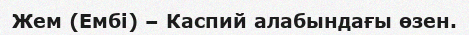
Жем (Ембі) – Каспий алабындағы өзен.